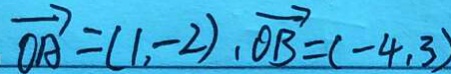
\overrightarrow { O A } = ( 1 , - 2 ) , \overrightarrow { O B } = ( - 4 , 3 )